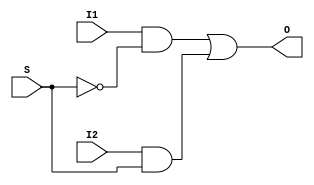
module mux21b (I1,I2,S,O); // 2:1 single bit multiplexer built from primitive gates
  input I1,I2;
  input S;
  output O;
  and M1 (X1,I1,~S);
  and M2 (X2,I2,S);
  or M3 (O,X1,X2);
endmodule